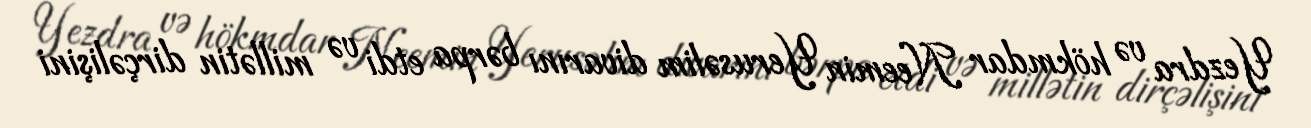
Yezdra və hökmdar Neemin Yerusəlim divarını bərpa etdi və millətin dirçəlişini